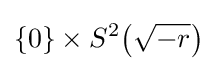
\{0\}\times S^{2}{\bigl (}{\sqrt {-r}}{\bigr )}